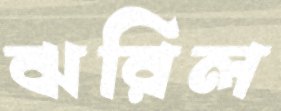
ঝরিল